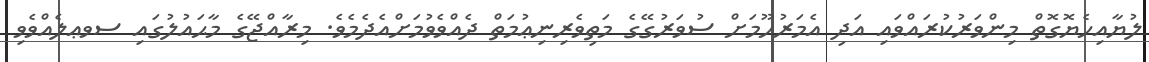
ލުޔާއިހެޔޮގޮތް މިންވަރުކުރައްވައި އަދި އެމަރުޙޫމަށް ސުވަރުގޭގެ މަތިވެރިނިޢުމަތް ދެއްވެވުމަށްއެދެމެވެ. މިރާއްޖޭގެ މާޙައުލުގައި ސވޢލެއްވެވި